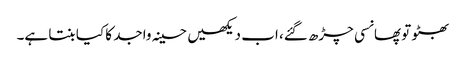
بھٹو تو پھانسی چڑھ گئے، اب دیکھیں حسینہ واجد کا کیا بنتا ہے۔